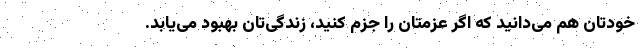
خودتان هم می‌دانید که اگر عزمتان را جزم کنید، زندگی‌تان بهبود می‌یابد.